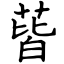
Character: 蒈